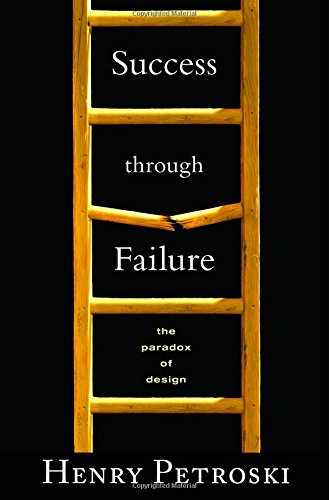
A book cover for Success through Failure: The Paradox of Design; Henry Petroski; Engineering & Transportation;